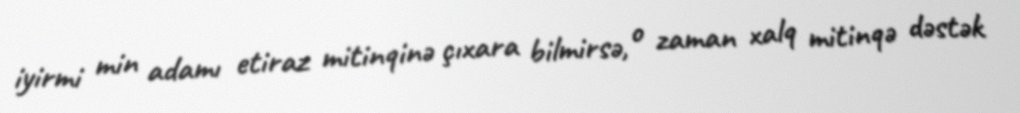
iyirmi min adamı etiraz mitinqinə çıxara bilmirsə, o zaman xalq mitinqə dəstək